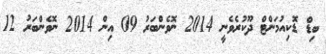
ބިޑް ޑޮކިއުމަންޓް ދޫކުރެވެނީ 2014 ނޮވެންބަރު 09 އިން 2014 ނޮވެންބަރު 12